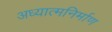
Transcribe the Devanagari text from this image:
अध्यात्मनिर्माण